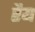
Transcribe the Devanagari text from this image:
रैय